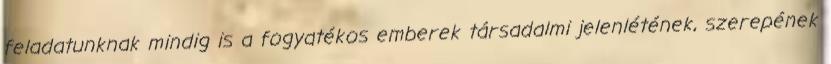
feladatunknak mindig is a fogyatékos emberek társadalmi jelenlétének, szerepének